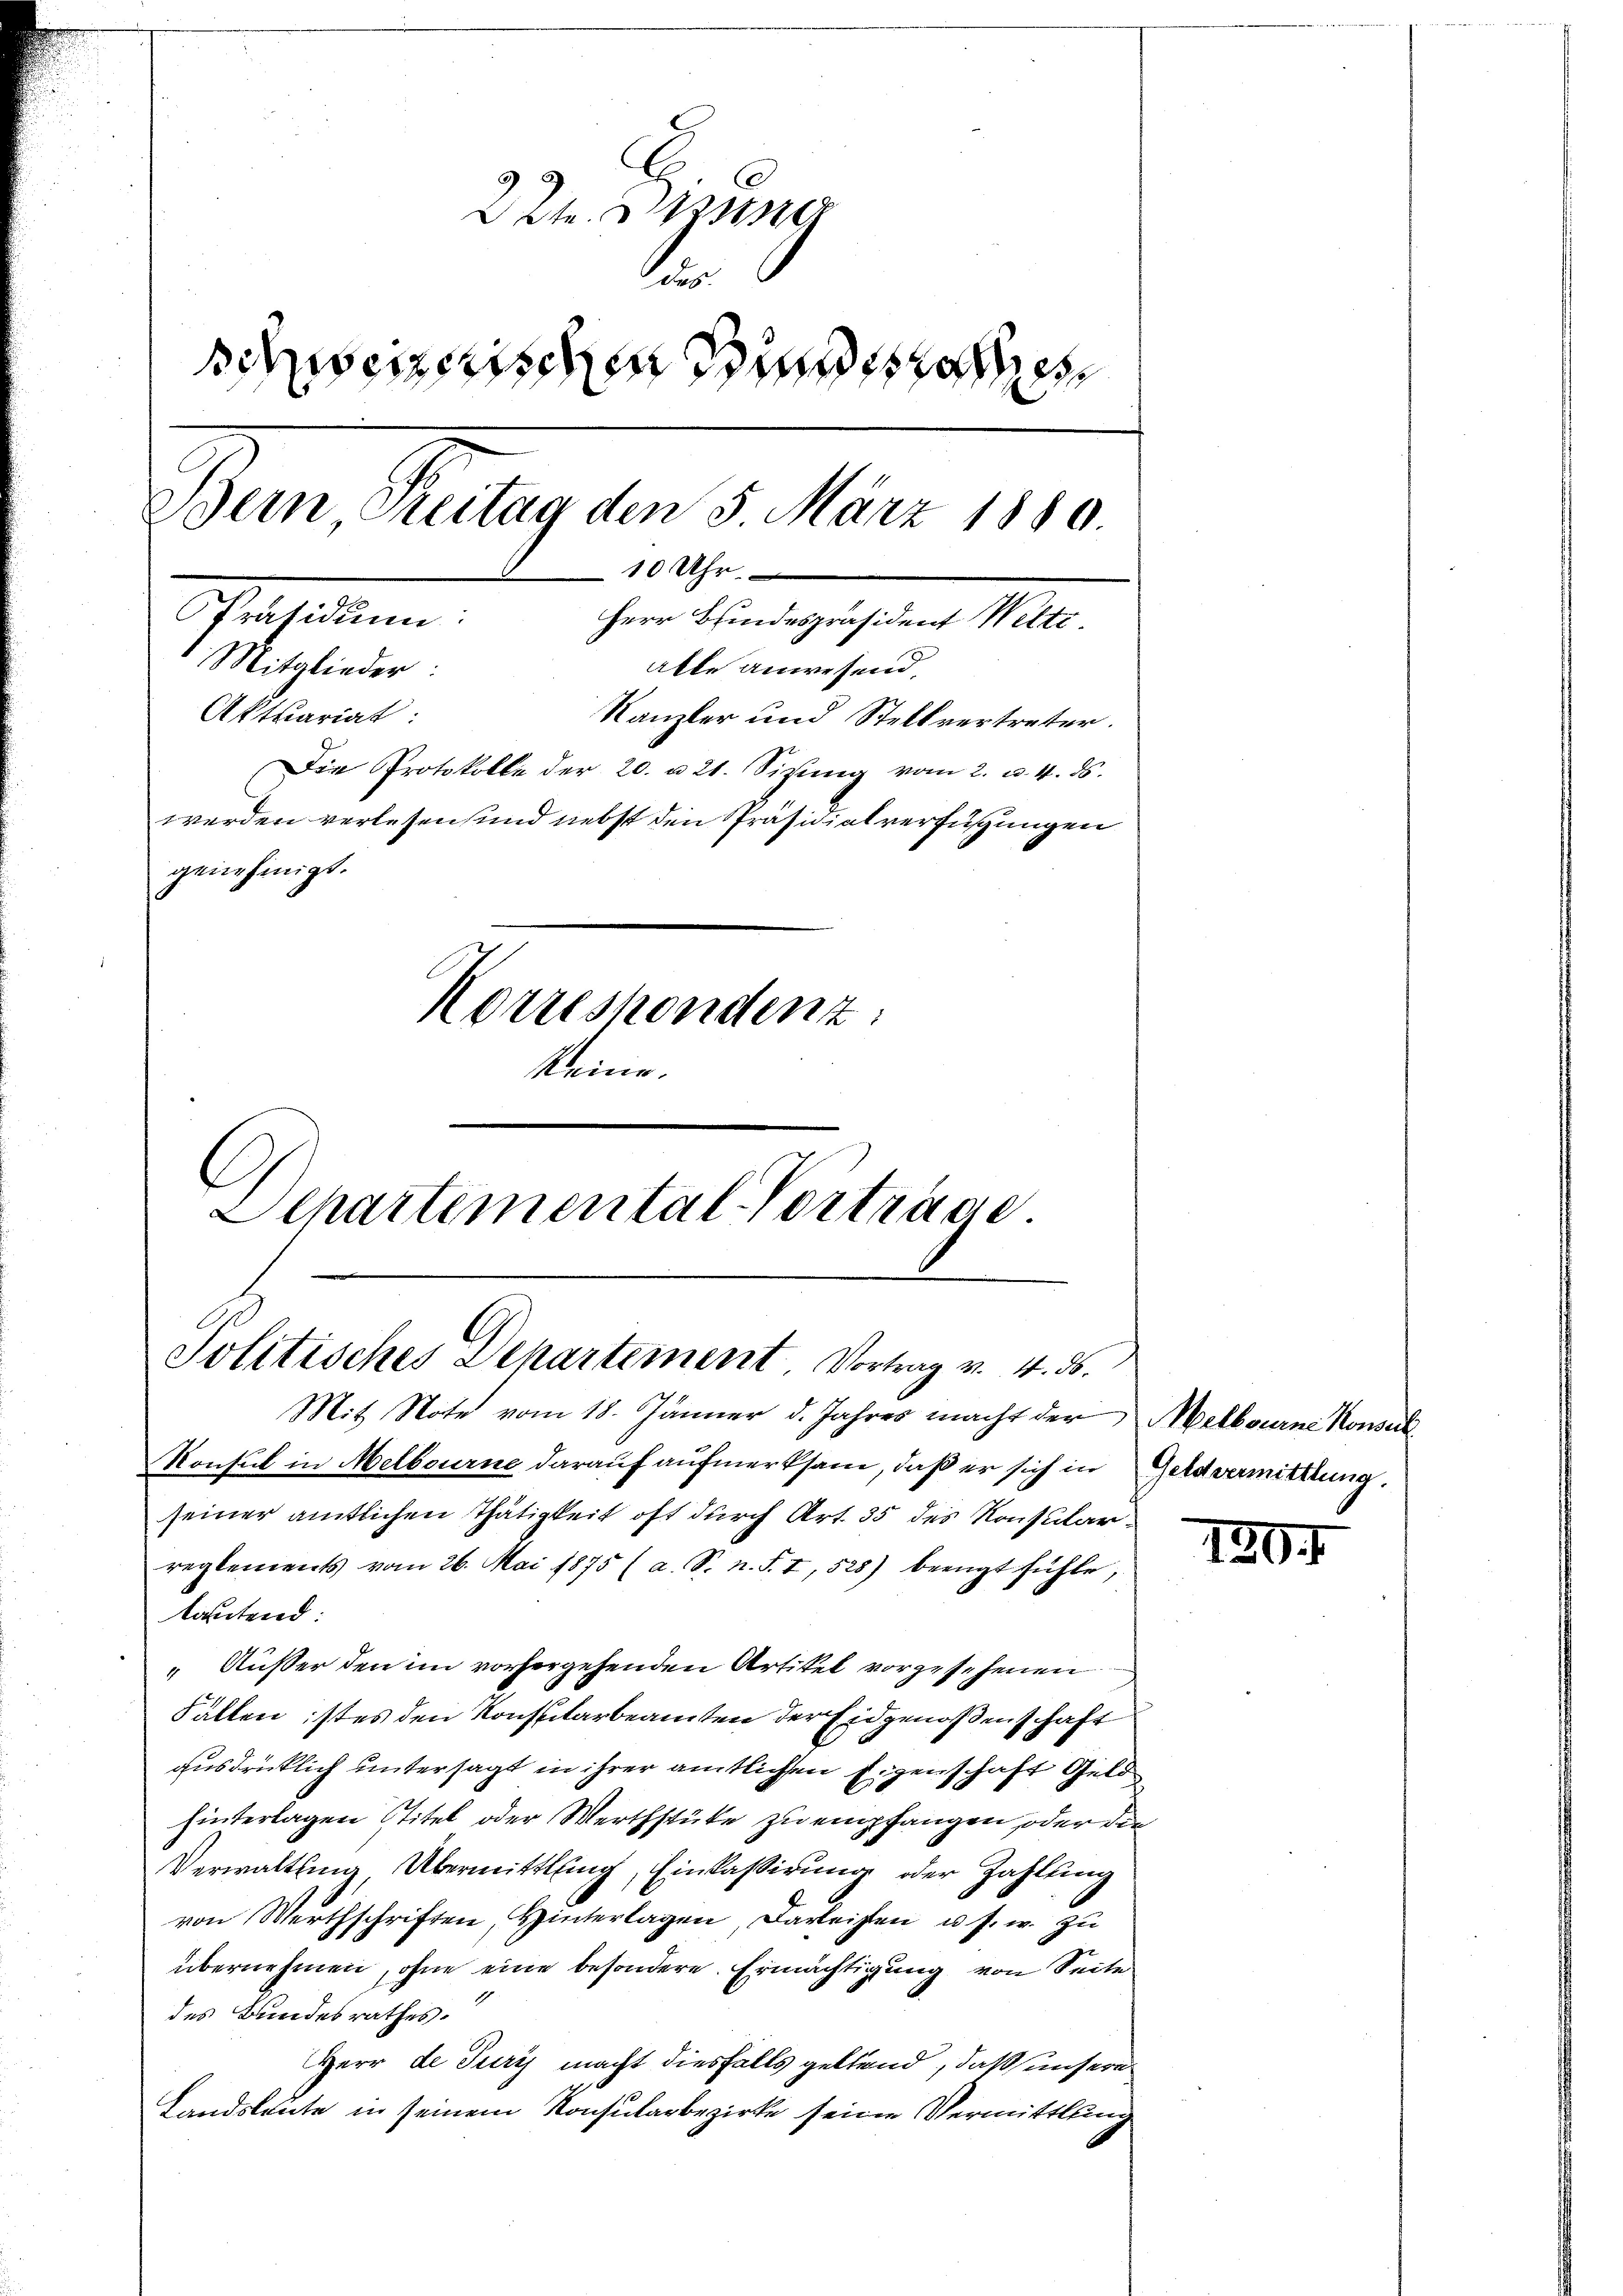
22. Sess
.
schweizerischen Hundesra
Bern, Reitag den 5. März 1880.
10 Uhr.
Präsidium:
Herr Bindespräsident Welti
 Mitglieder:
alle anwesend,
Aktuariat:
Kanzler und Stellvertreter.
Die Protokolle der 20. u 21. Sizŭng vom 2. u. 4. ds.
werden verlesen und nebst den Präsidialverfügungen
genehmigt.
Korrespondent:
keine.

Departemental-Vorträge.
Politisches Departement Vortrag v. 4. ds.
Mit Note vom 18. Jänner d. Jahres macht der Melbourne Konsul

Konsul in Melbourne darauf aufmerksam, daß er sich in Geldvermittlung.
seiner amtlichen Thätigkeit oft durch Art. 35 des Konsularreglements vom 26. Mai 1875 (a. S. n. F. I, 528) beengt fühle,
kostend:
Außer den im vorhergehenden Artikel vorgesehenen
Fällen istes den Konspitarbeamten der Eidgenoßenschaft
ausdrücklich untersagt in ihrer amtlichen Eigenschaft Geldhinterlagen Stitel oder Werthstüke zu empfangen, oder die
Verwaltung, Übermittlung, Einkassirung oder Zahlung
von Werthschriften, Hinterlagen, Darleisten u. s. w. zu
übernehmen, ohne eine besondere Ermächtigung von Seite
des Bundesrathes.
Herr de Juris macht diesfalls geltend, daß unsern
Landsleute in seinem Konsularbezirke seine Vermittlung

1204